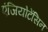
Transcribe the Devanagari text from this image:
एंजियोटेंसिन